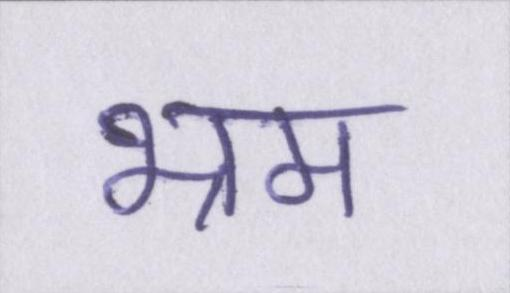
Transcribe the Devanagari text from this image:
भ्रम